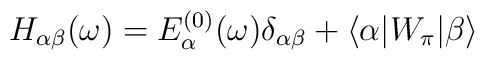
H_{\alpha\beta}(\omega) = E_\alpha^{(0)}(\omega) \delta_{\alpha\beta} +                          \langle \alpha | W_\pi | \beta \rangle